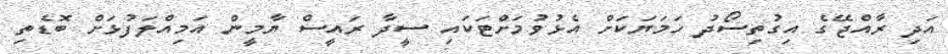
އަދި ރާއްްޖޭގެ އިގުތިސޯދު ހަމަޔަކަށް އެޅުވުމަށްޓަކައި ސީދާ ރައީސް ޔާމީން އަމިއްލަފުޅަށް ބޮޑެތި